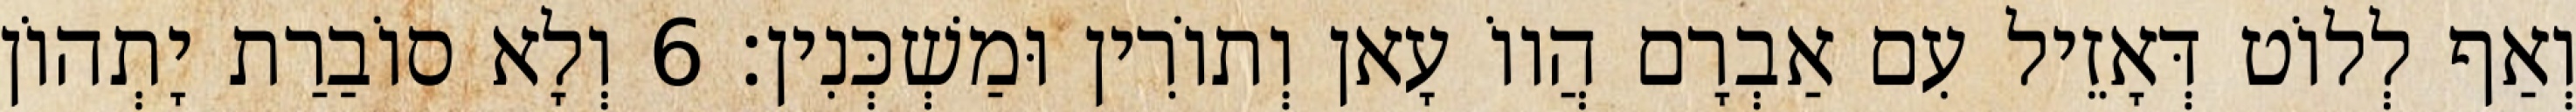
וְאַף לְלוֹט דְּאָזֵיל עִם אַבְרָם הֲווֹ עָאן וְתוֹרִין וּמַשְׁכְּנִין׃ 6 וְלָא סוֹבַרַת יָתְהוֹן